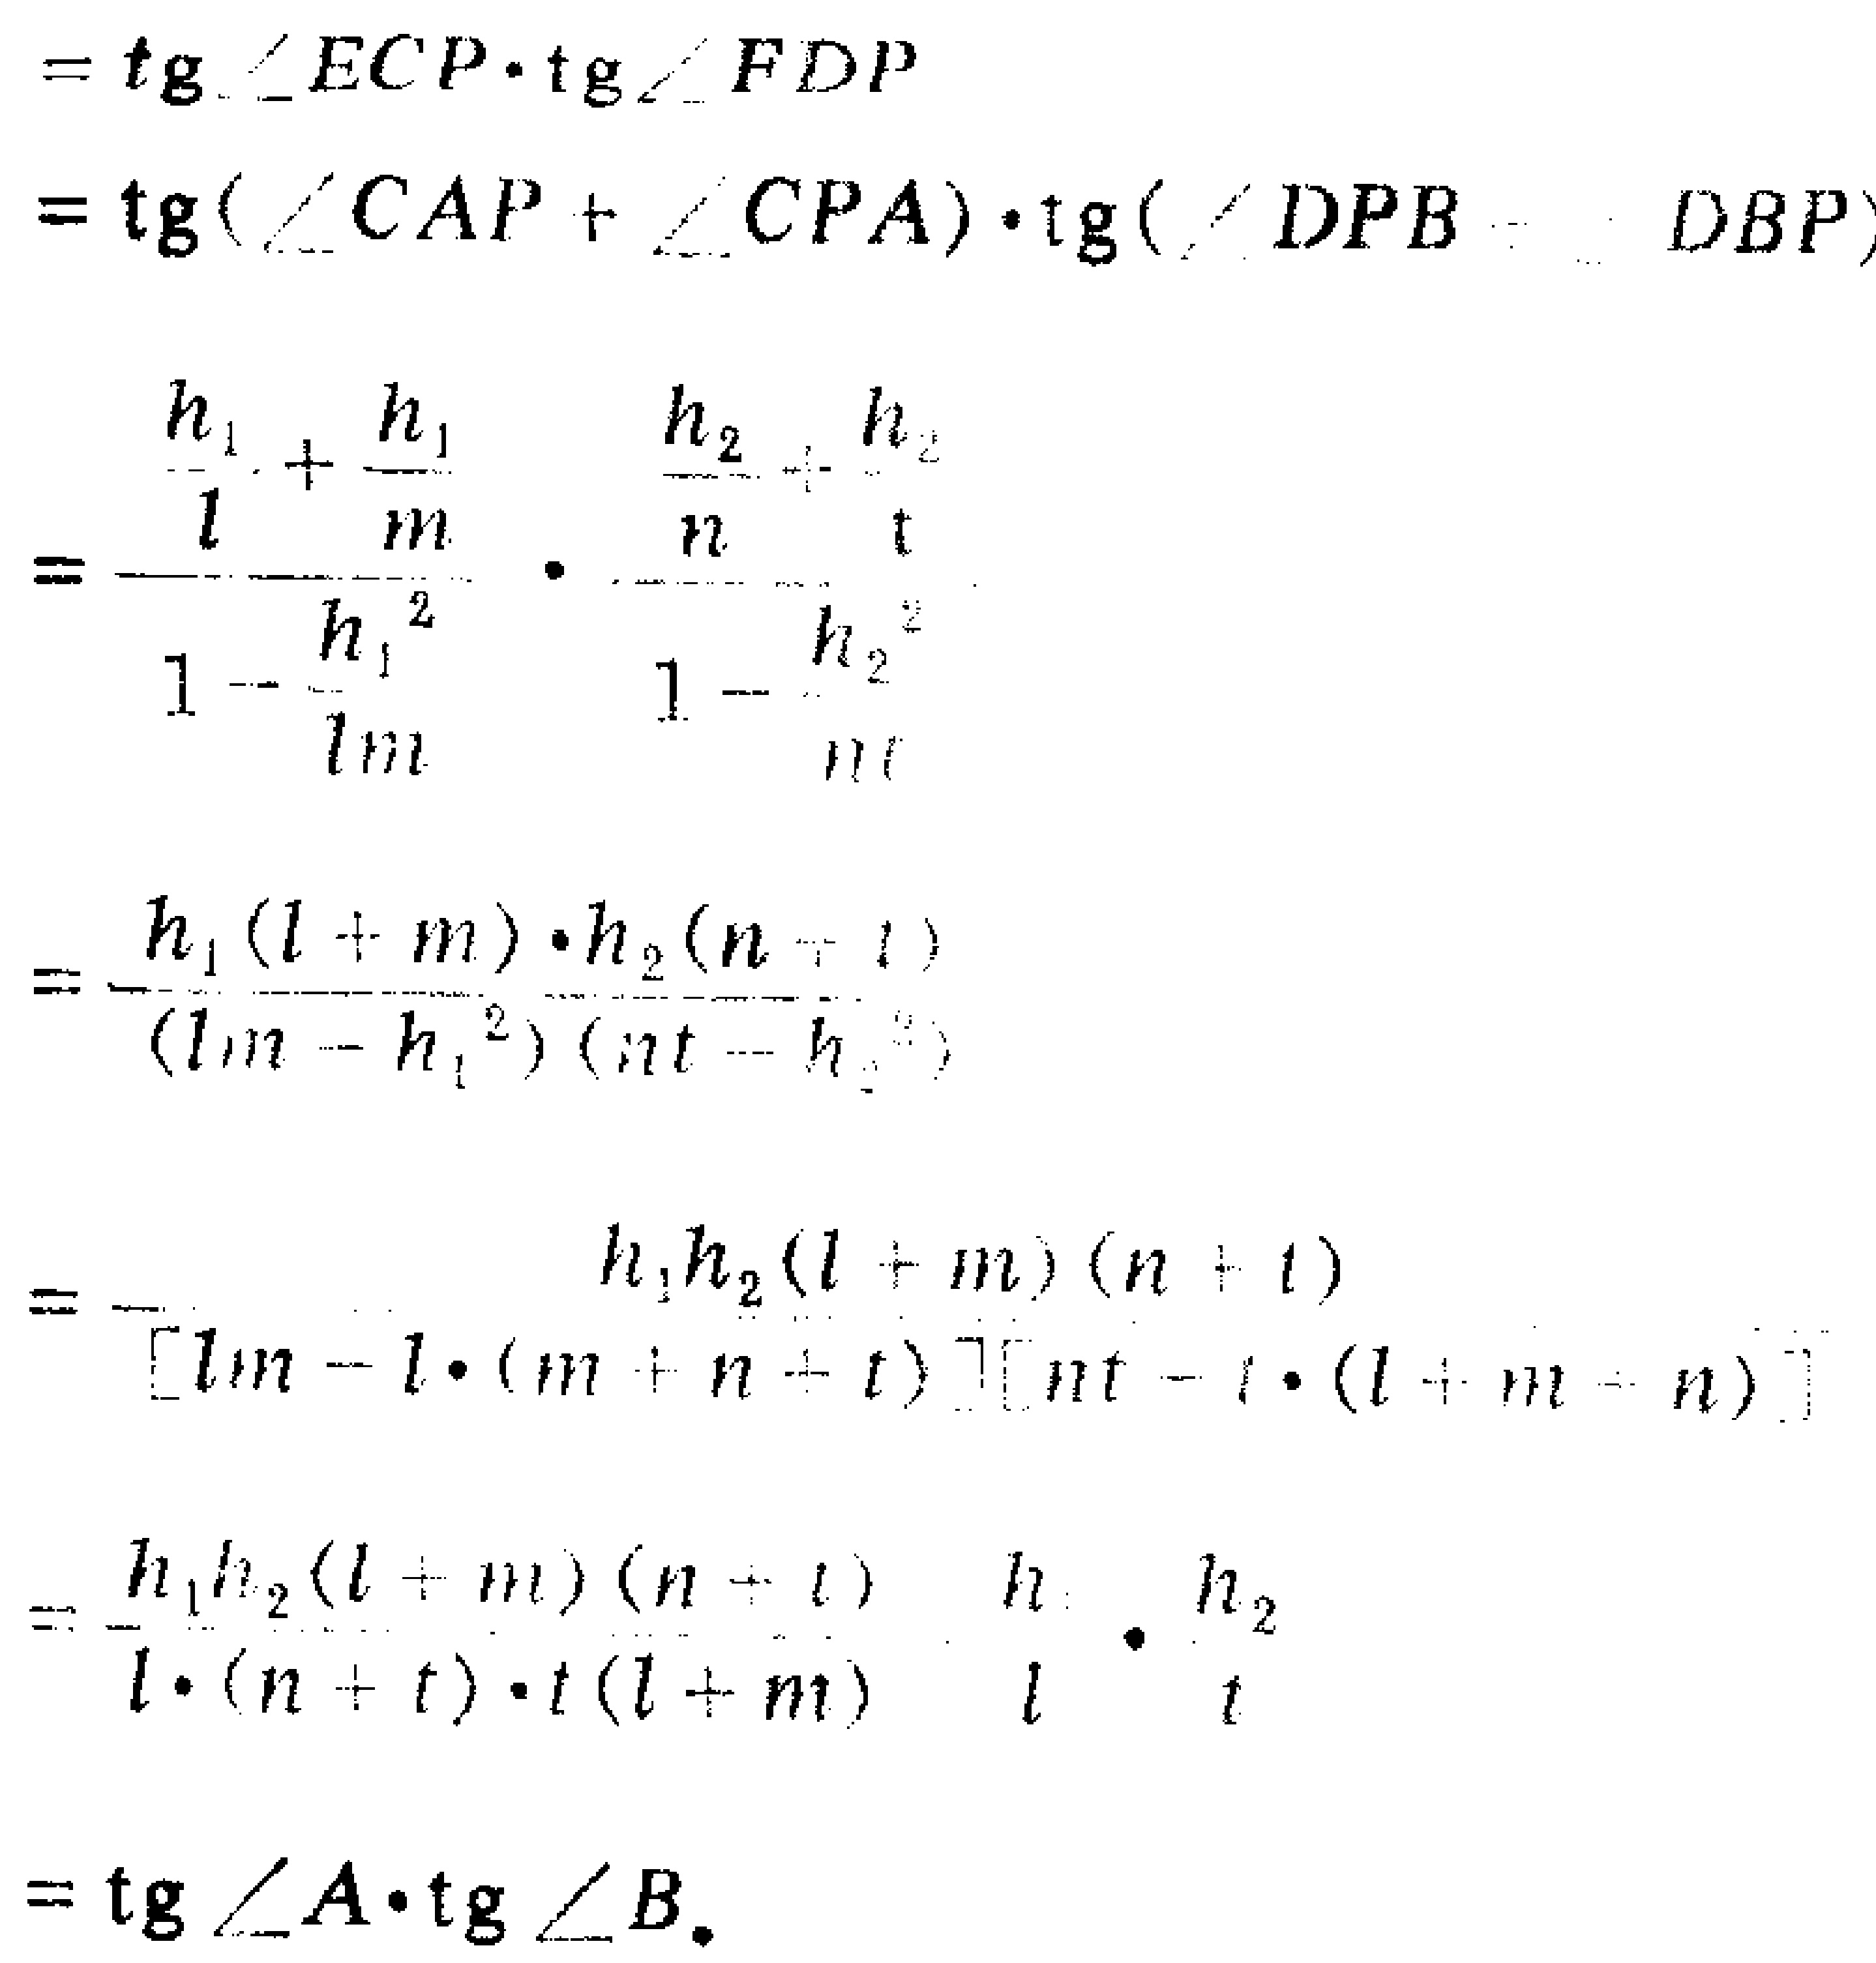
\[
\begin{align*}
&=\text{tg}\angle ECP\cdot\text{tg}\angle FDP\\
&=\text{tg}(\angle CAP + \angle CPA)\cdot\text{tg}(\angle DPB-\angle DBP)\\
&=\frac{\frac{h_1}{l}+\frac{h_1}{m}}{1 - \frac{h_1^2}{lm}}\cdot\frac{\frac{h_2}{n}+\frac{h_2}{t}}{1 - \frac{h_2^2}{nt}}\\
&=\frac{h_1(l + m)\cdot h_2(n + t)}{(lm - h_1^2)(nt - h_2^2)}\\
&=\frac{h_1h_2(l + m)(n + t)}{[lm - l\cdot(m + n + t)][nt - t\cdot(l + m + n)]}\\
&=\frac{h_1h_2(l + m)(n + t)}{l\cdot(n + t)\cdot t(l + m)}\cdot\frac{h_1}{l}\cdot\frac{h_2}{t}\\
&=\text{tg}\angle A\cdot\text{tg}\angle B.
\end{align*}
\]